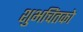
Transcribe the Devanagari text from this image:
शुभचिंतको